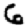
Digit: 6